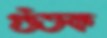
গুঁতক